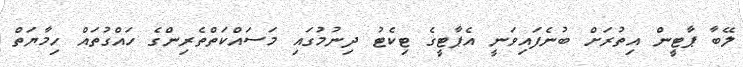
ލޭބާ ޕާޓީން އިތުރަށް ބުނެފައިވަނީ އެޕާޓީގެ ޓިކެޓު ދިނުމުގައި މަސައްކަތްތެރިންގެ ހައްގުތައް ހިމާޔަތް